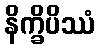
နိက္ခိပိဿံ